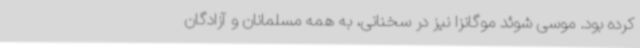
کرده بود. موسی شوئد موگانزا نیز در سخنانی، به همه مسلمانان و آزادگان